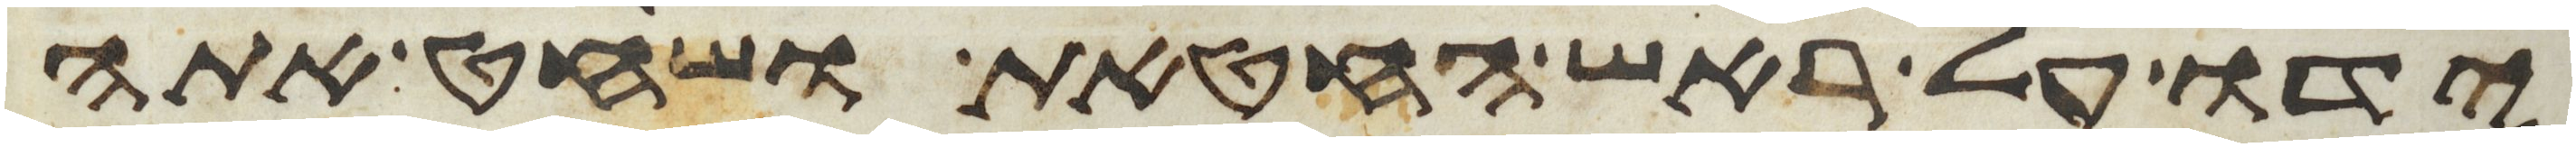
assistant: ידו על ראש החטאת ושחט אתה